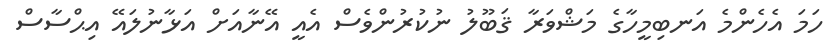
ހަމަ އެހެންމެ އަނބިމީހާގެ މަޝްވަރާ ޤަބޫލު ނުކުރުންވެސް އެއީ އޭނާއަށް އަޅާނުލައޭ އިޙްސާސް